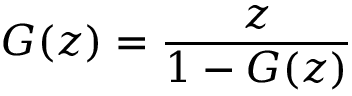
G ( z ) = { \frac { z } { 1 - G ( z ) } }